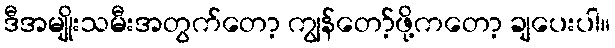
ဒီအမျိုးသမီးအတွက်တော့ ကျွန်တော့်ဖို့ကတော့ ချပေးပါ။